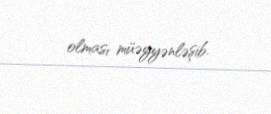
olması müəyyənləşib.